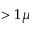
> 1 \mu